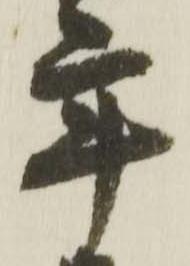
年